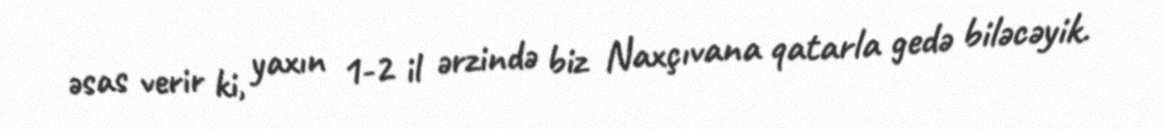
əsas verir ki, yaxın 1-2 il ərzində biz Naxçıvana qatarla gedə biləcəyik.